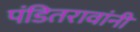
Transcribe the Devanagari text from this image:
पंडितरावांनी